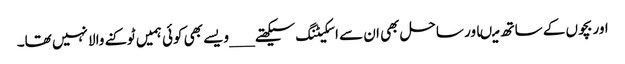
اور بچوں کے ساتھ میںاور ساحل بھی ان سے اسکیٹنگ سیکھتے ___ویسے بھی کوئی ہمیں ٹوکنے والا نہیں تھا۔